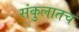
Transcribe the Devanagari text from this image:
संकुलातच